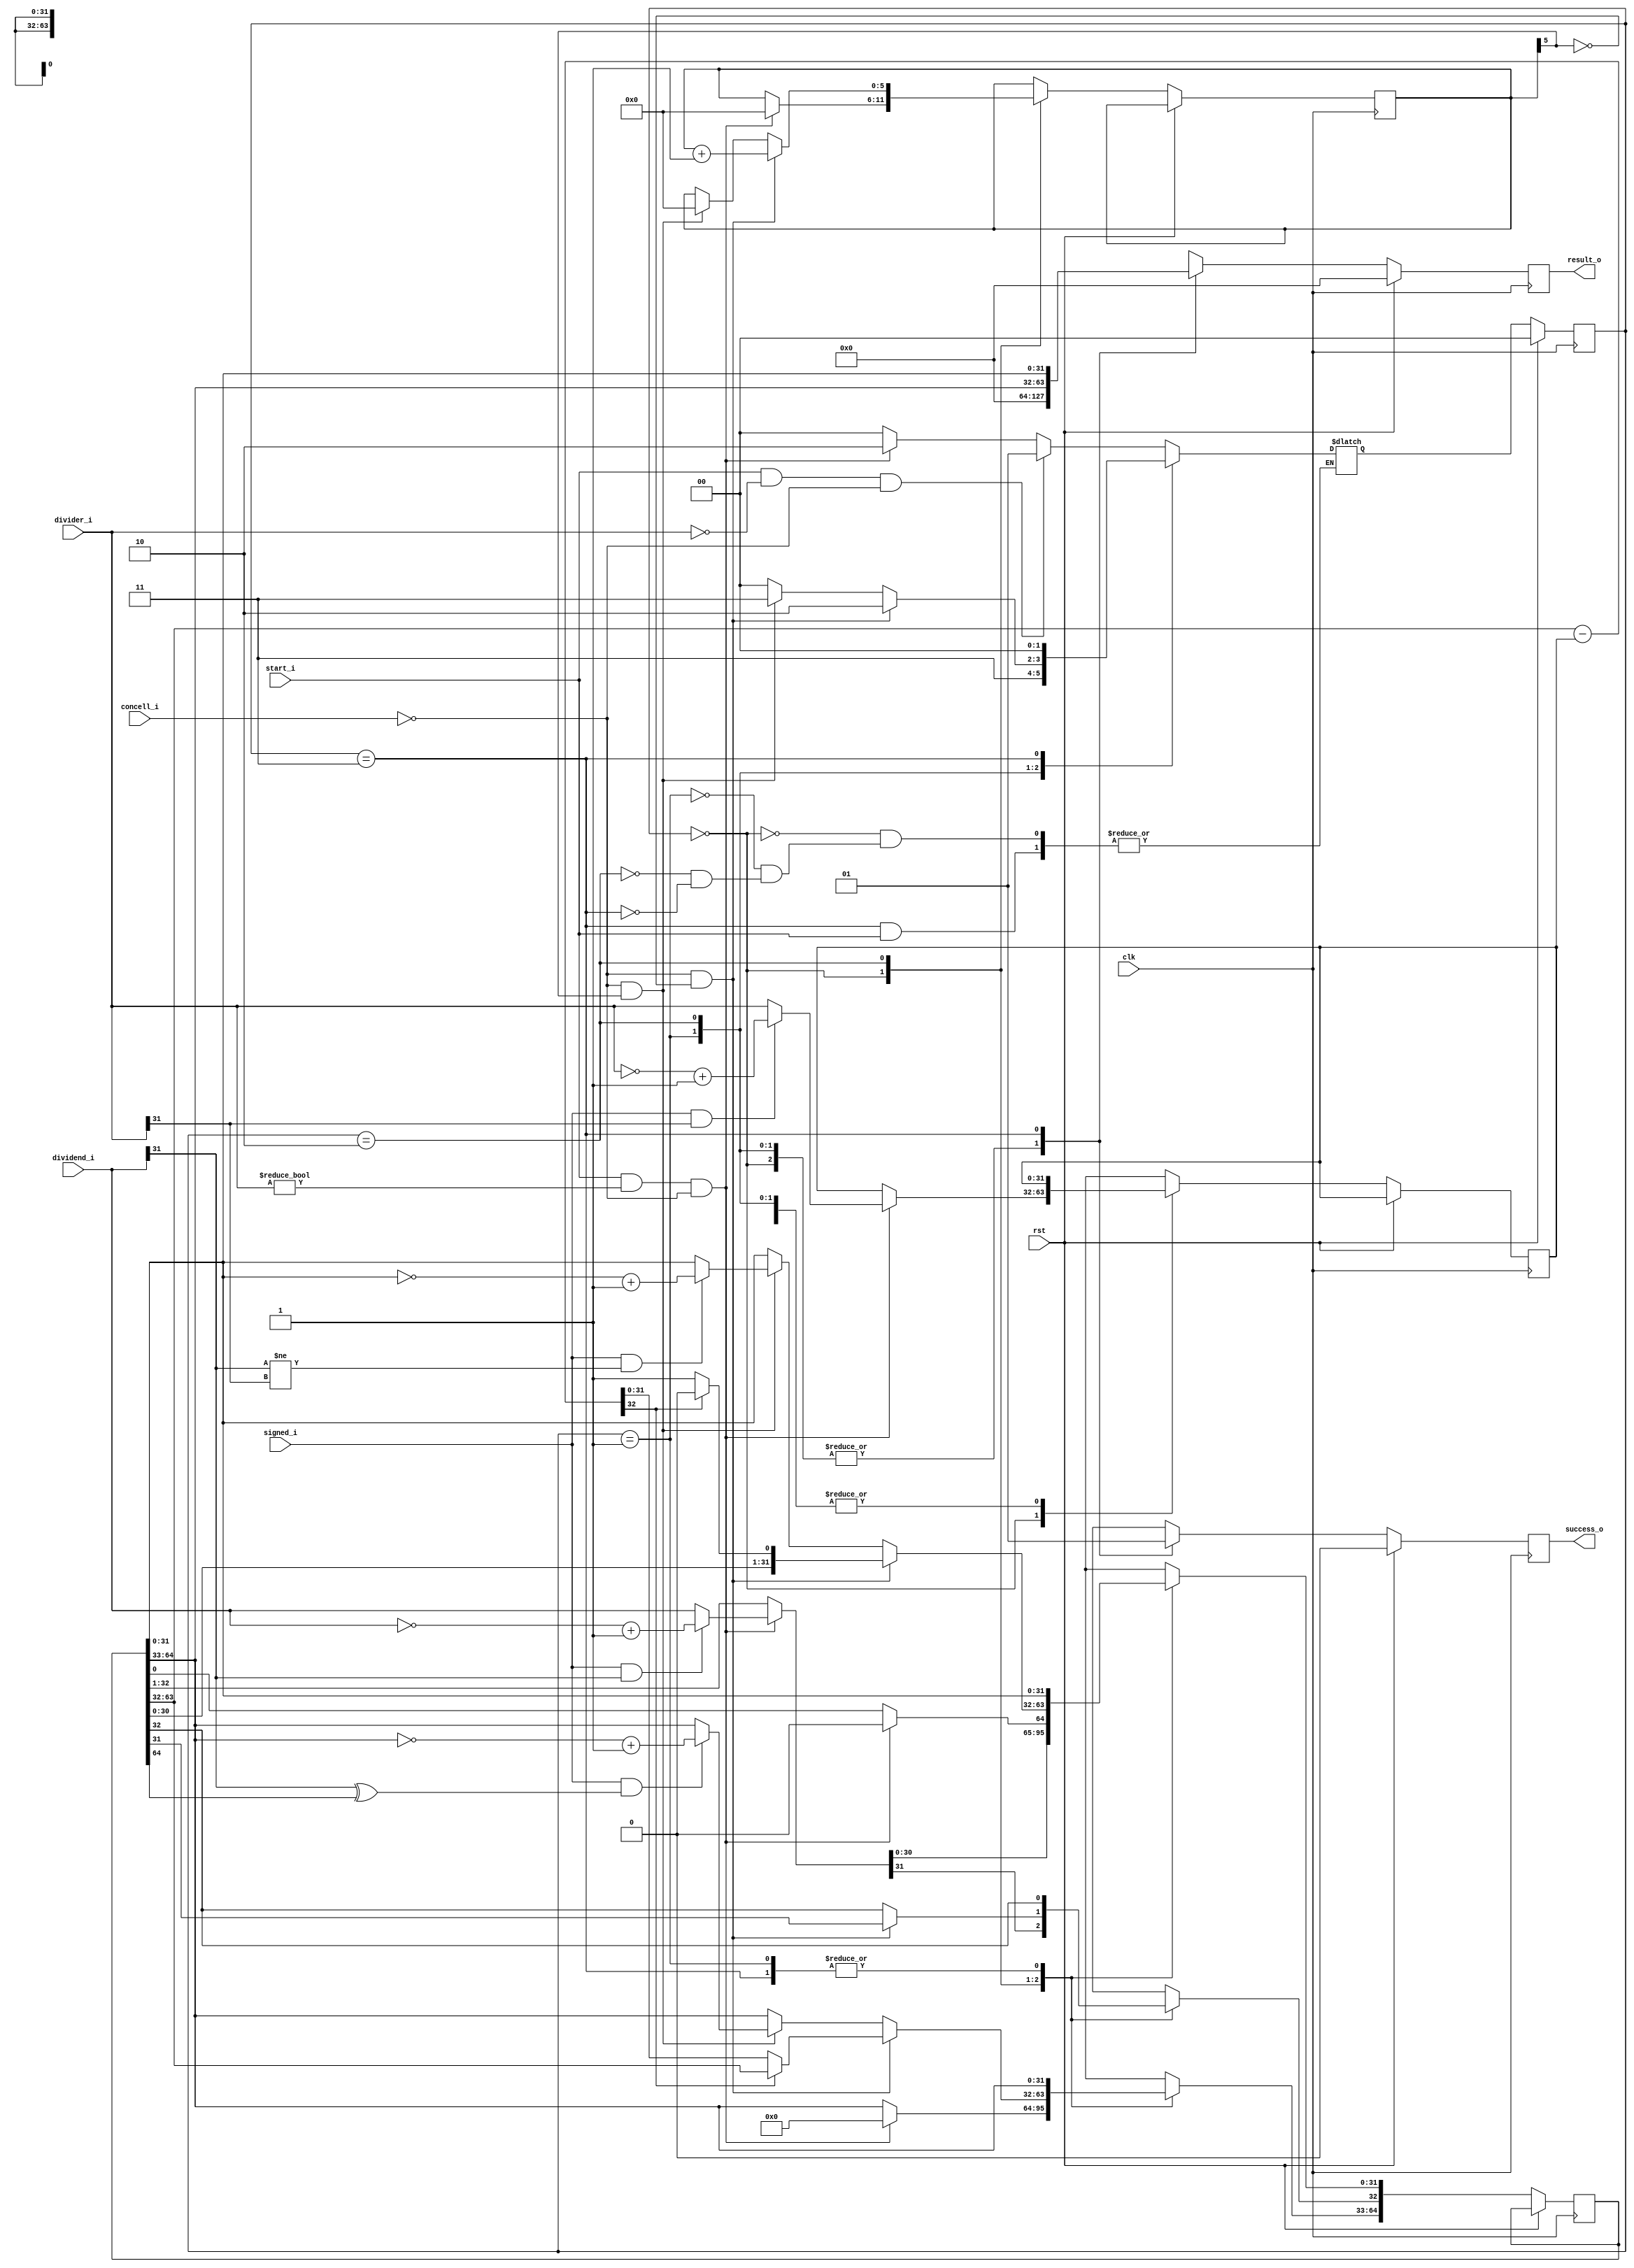
module div(
	input wire clk,
	input wire rst,
	input wire signed_i,
	input wire [31:0] dividend_i,
	input wire [31:0] divider_i,
	input wire concell_i,
	input wire start_i,
	
	output reg [63:0] result_o,
	output reg success_o
);

	wire [32:0] div_temp;
	reg [31:0] divider;
	reg [64:0] dividend;
	reg [5:0] cnt;
	reg [1:0] state, nstate;
	reg [31:0] temp_dividend;
	reg [31:0] temp_divider;
	
	assign div_temp = {1'b0, dividend[63:32]} - {1'b0, divider};
	
	parameter DIV_FREE = 2'b00,
			  DIV_ZERO = 2'b01,
			  DIV_ON = 2'b10,
			  DIV_END = 2'b11;
	
	
	always @(posedge clk) begin
		if(rst == 1'b1) begin
			state <= DIV_FREE;
		end else begin
			state <= nstate;
		end
	end
	
	always @(*) begin
		case(state) 
			DIV_FREE: begin
				if(start_i == 1'b1 && divider_i == 32'b0 && concell_i == 1'b0) begin
					nstate <= DIV_ZERO;
					
				end else if(start_i == 1'b1 && divider_i != 32'b0 && concell_i == 1'b0) begin
					nstate <= DIV_ON;
					
				end else begin
					nstate <= DIV_FREE;
				end
			end
			
			DIV_ZERO: begin
				nstate <= DIV_END;
			end
			
			DIV_ON: begin
				if(concell_i == 1'b0 && cnt[5] == 1'b0) begin
					nstate <= DIV_ON;
					
				end else if(concell_i == 1'b0 && cnt[5] == 1'b1) begin
					nstate <= DIV_END;
						
				end else begin
					nstate <= DIV_FREE;
				end
			end
			
			DIV_END: begin
				if(start_i == 1'b0) begin
					nstate <= DIV_FREE;
				end
			end
		endcase
	end
	
	always @(posedge clk) begin
		if(rst == 1'b1) begin
			result_o <= 64'b0;
			success_o <= 1'b0;
		end else begin
			case(state) 
				DIV_FREE: begin
				    if(start_i == 1'b1 && divider_i != 32'b0 && concell_i == 1'b0) begin
                        cnt <= 6'b0;
                        if(signed_i == 1'b1 && dividend_i[31] == 1'b1) begin
                            temp_dividend = ~dividend_i + 1'b1;
                        end else begin
                            temp_dividend = dividend_i;
                        end
                        
                        if(signed_i == 1'b1 && divider_i[31] == 1'b1) begin
                            temp_divider = ~divider_i + 1'b1;
                        end else begin
                            temp_divider = divider_i;
                        end
                        
                        dividend = 65'b0;
                        divider = temp_divider;
                        dividend[32:1] = temp_dividend; 
                    end
					success_o <= 1'b0;
					result_o <= 64'b0; 
				end
				
				DIV_ZERO: begin
					result_o <= 64'b0;
					success_o <= 1'b0;
				end
				
				DIV_ON: begin
				    if(concell_i == 1'b0 && cnt[5] == 1'b0) begin
                        if(div_temp[32] == 1'b1) begin
                            dividend <= {dividend[63:0], 1'b0};
                        end else begin
                            dividend <= {div_temp[31:0], dividend[31:0], 1'b1};
                        end
                        cnt <= cnt + 1'b1;
                        
                    end else if(concell_i == 1'b0 && cnt[5] == 1'b1) begin
                        
                        if(signed_i == 1'b1 && dividend_i[31] != divider_i[31]) begin
                            dividend[31:0] <= ~dividend[31:0] + 1'b1;
                        end
                        if(signed_i == 1'b1 && dividend_i[31] ^ dividend[64] == 1'b1) begin
                            dividend[64:33] <= ~dividend[64:33] + 1'b1;
                        end 
                        cnt <= 6'b0;
                    end
					result_o <= 64'b0;
					success_o <= 1'b0;
				end
				
				DIV_END: begin
					result_o <= {dividend[64:33], dividend[31:0]};
					success_o <= 1'b1;
				end
			endcase	
		end	
	end			
	

endmodule